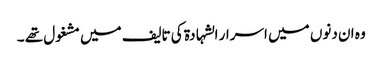
وہ ان دنوں میں اسرار الشہادۃ کی تالیف میں مشغول تھے ۔